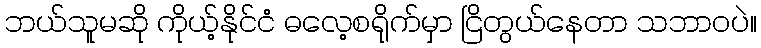
ဘယ်သူမဆို ကိုယ့်နိုင်ငံ ဓလေ့စရိုက်မှာ ငြိတွယ်နေတာ သဘာဝပဲ။